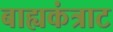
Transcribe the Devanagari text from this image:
बाह्यकंत्राट